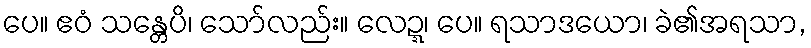
ပေ။ ဧဝံ သန္တေပိ၊ သော်လည်း။ လေဍ္ဍ၊ ပေ။ ရသာဒယော၊ ခဲ၏အရသာ,